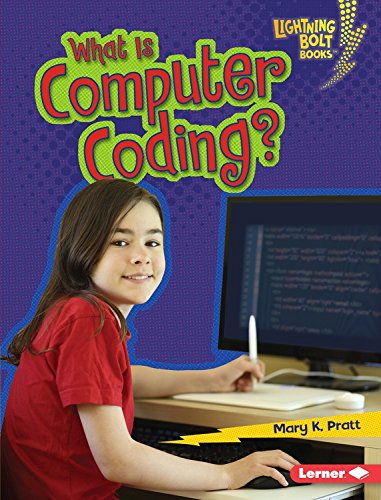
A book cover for What Is Computer Coding? (Lightning Bolt Books - Our Digital World); Mary Pratt; Children's Books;